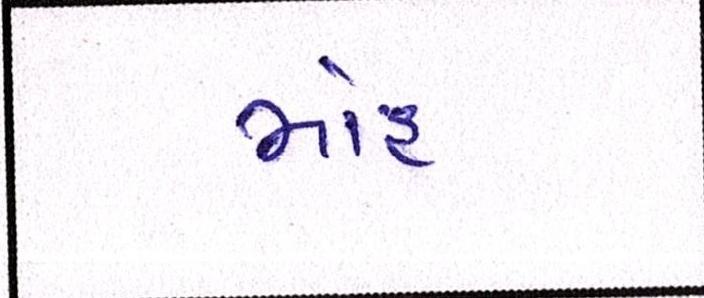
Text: મોહ